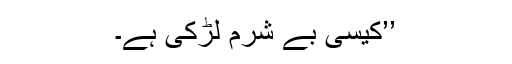
’’کیسی بے شرم لڑکی ہے۔